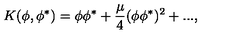
K ( \phi , \phi ^ { * } ) = \phi \phi ^ { * } + \frac { \mu } { 4 } ( \phi \phi ^ { * } ) ^ { 2 } + . . . ,